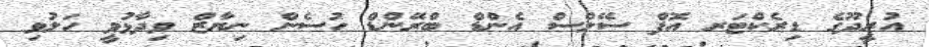
އުރީދޫގެ ޑިރެކްޓަރ އޮފް ސޭލްސް އެންޑް ބްރޭންޑް ހުސެން ނިޔާޒް ވިދާޅުވީ ހަލުވި